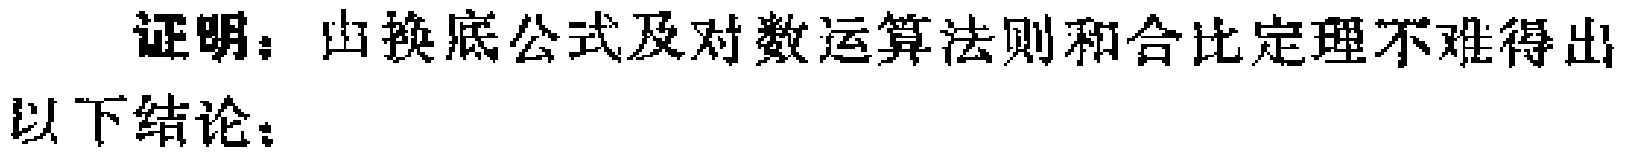
证明：由换底公式及对数运算法则和合比定理不难得出
以下结论：